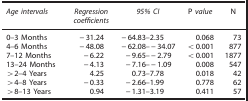
<table><thead><tr><td><b><i>Age intervals</i></b></td><td><b><i>Regression coefficients</i></b></td><td><b><i>95% CI</i></b></td><td><b>P <i>value</i></b></td><td><b>N</b></td></tr></thead><tbody><tr><td>0–3 Months</td><td>−31.24</td><td>−64.83–2.35</td><td>0.068</td><td>73</td></tr><tr><td>4–6 Months</td><td>−48.08</td><td>−62.08–−34.07</td><td>&lt;0.001</td><td>877</td></tr><tr><td>7–12 Months</td><td>−6.22</td><td>−9.65–−2.79</td><td>&lt;0.001</td><td>1877</td></tr><tr><td>13–24 Months</td><td>−4.13</td><td>−7.16–−1.09</td><td>0.008</td><td>547</td></tr><tr><td>&gt;2–4 Years</td><td>4.25</td><td>0.73–7.78</td><td>0.018</td><td>42</td></tr><tr><td>&gt;4–8 Years</td><td>−0.33</td><td>−2.66–1.99</td><td>0.778</td><td>62</td></tr><tr><td>&gt;8–13 Years</td><td>0.94</td><td>−1.31–3.19</td><td>0.411</td><td>57</td></tr></tbody></table>